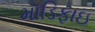
મૉડિફાઇ